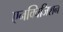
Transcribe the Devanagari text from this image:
एनक्विजिशन